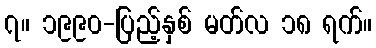
၇။ ၁၉၉၀-ပြည့်နှစ် မတ်လ ၁၈ ရက်။